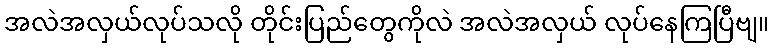
အလဲအလှယ်လုပ်သလို တိုင်းပြည်တွေကိုလဲ အလဲအလှယ် လုပ်နေကြပြီဗျ။